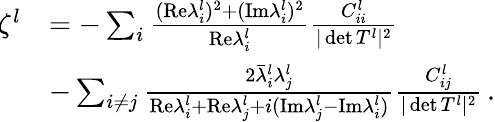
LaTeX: \begin{array}{rl}{\ \! \! \zeta^{l}}&{=-\sum_{i}\frac{(\mathrm{Re}\lambda_{i}^{l})^{2}+(\mathrm{Im}\lambda_{i}^{l})^{2}}{\mathrm{Re}\lambda_{i}^{l}}\frac{C_{ii}^{l}}{\vert\operatorname*{det}T^{l}\vert^{2}}}\\ &{-\sum_{i\neq j}\frac{2\bar{\lambda}_{i}^{l}\lambda_{j}^{l}}{\mathrm{Re}\lambda_{i}^{l}+\mathrm{Re}\lambda_{j}^{l}+i(\mathrm{Im}\lambda_{j}^{l}-\mathrm{Im}\lambda_{i}^{l})}\frac{C_{ij}^{l}}{\vert\operatorname*{det}T^{l}\vert^{2}}\, .}\end{array}